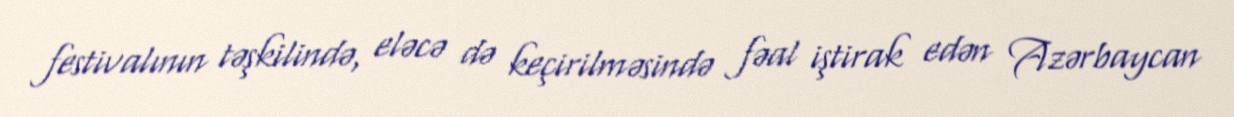
festivalının təşkilində, eləcə də keçirilməsində fəal iştirak edən Azərbaycan